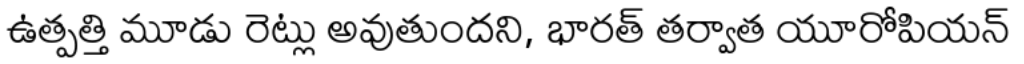
ఉత్పత్తి మూడు రెట్లు అవుతుందని, భారత్ తర్వాత యూరోపియన్